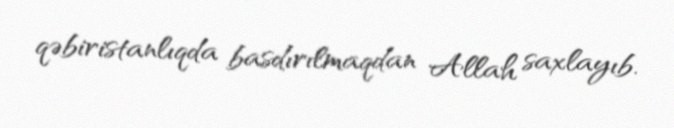
qəbiristanlıqda basdırılmaqdan Allah saxlayıb.